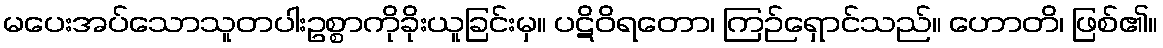
မပေးအပ်သောသူတပါးဥစ္စာကိုခိုးယူခြင်းမှ။ ပဋိဝိရတော၊ ကြဉ်ရှောင်သည်။ ဟောတိ၊ ဖြစ်၏။